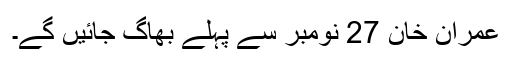
عمران خان 27 نومبر سے پہلے بھاگ جائیں گے۔